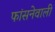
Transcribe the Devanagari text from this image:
फांसनेवाली